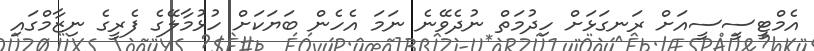
އެމްޓީސީސީއަށް ރަނގަޅަށް ހިދުމަތް ނުދެވޭނެ ނަމަ އެހެން ބަޔަކަށް ހުޅުމާލޭގެ ފެރީގެ ނިޒާމްގައި